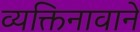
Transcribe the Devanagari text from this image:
व्यक्तिनावाने